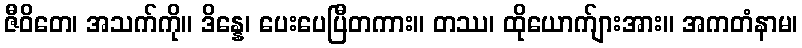
ဇီဝိတေ၊ အသက်ကို။ ဒိန္နေ၊ ပေးပေပြီတကား။ တဿ၊ ထိုယောက်ျားအား။ အကတံနာမ၊